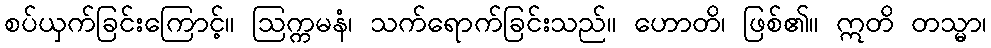
စပ်ယှက်ခြင်းကြောင့်။ ဩက္ကမနံ၊ သက်ရောက်ခြင်းသည်။ ဟောတိ၊ ဖြစ်၏။ ဣတိ တသ္မာ၊